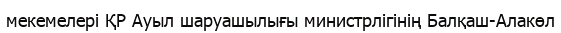
мекемелері ҚР Ауыл шаруашылығы министрлігінің Балқаш-Алакөл